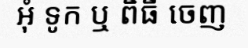
អុំ ទូក ឬ ពិធី ចេញ